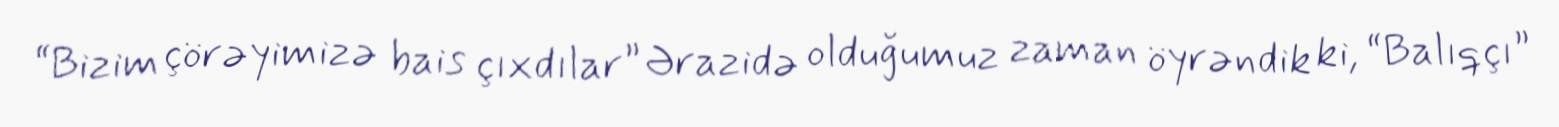
“Bizim çörəyimizə bais çıxdılar” Ərazidə olduğumuz zaman öyrəndik ki, “Balıqçı”